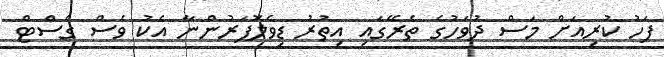
ފަހު ކުރިއަށް މަސް ދުވަހުގެ ތެރޭގައި އިތުރު ޑިވެލޮޕަރުންނާ އެކު ވެސް ގެސްޓް